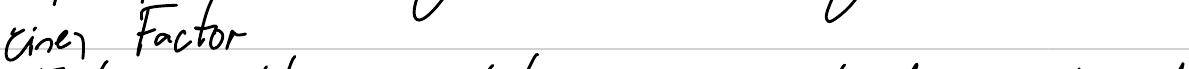
einen Factor